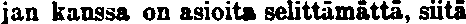
jan kanssa on asioita selittämättä, siitä